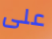
على